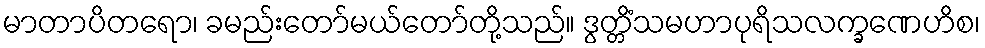
မာတာပိတရော၊ ခမည်းတော်မယ်တော်တို့သည်။ ဒွတ္တိံသမဟာပုရိသလက္ခဏေဟိစ၊